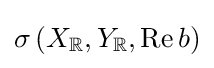
\sigma \left(X_{\mathbb {R} },Y_{\mathbb {R} },\operatorname {Re} b\right)